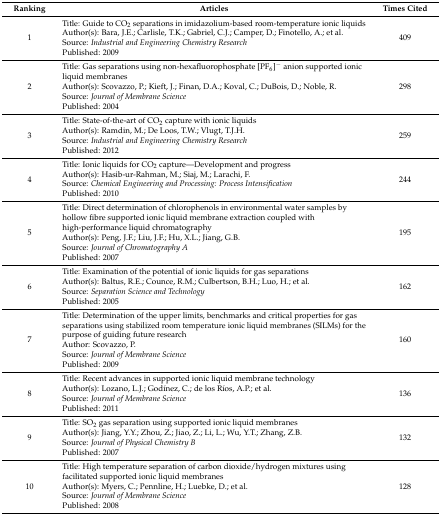
| Ranking | Articles | Times Cited |
 | --- | --- | --- |
 | 1 | Title: Guide to CO2 separations in imidazolium-based room-temperature ionic liquidsAuthor(s): Bara, J.E.; Carlisle, T.K.; Gabriel, C.J.; Camper, D.; Finotello, A.; et al. Source: Industrial and Engineering Chemistry ResearchPublished: 2009 | 409 |
 | 2 | Title: Gas separations using non-hexafluorophosphate [PF6]− anion supported ionic liquid membranesAuthor(s): Scovazzo, P.; Kieft, J.; Finan, D.A.; Koval, C.; DuBois, D.; Noble, R.Source: Journal of Membrane SciencePublished: 2004 | 298 |
 | 3 | Title: State-of-the-art of CO2 capture with ionic liquidsAuthor(s): Ramdin, M.; De Loos, T.W.; Vlugt, T.J.H.Source: Industrial and Engineering Chemistry ResearchPublished: 2012 | 259 |
 | 4 | Title: Ionic liquids for CO2 capture—Development and progressAuthor(s): Hasib-ur-Rahman, M.; Siaj, M.; Larachi, F. Source: Chemical Engineering and Processing: Process IntensificationPublished: 2010 | 244 |
 | 5 | Title: Direct determination of chlorophenols in environmental water samples by hollow fibre supported ionic liquid membrane extraction coupled with high-performance liquid chromatographyAuthor(s): Peng, J.F.; Liu, J.F.; Hu, X.L.; Jiang, G.B.Source: Journal of Chromatography APublished: 2007 | 195 |
 | 6 | Title: Examination of the potential of ionic liquids for gas separationsAuthor(s): Baltus, R.E.; Counce, R.M.; Culbertson, B.H.; Luo, H.; et al.Source: Separation Science and TechnologyPublished: 2005 | 162 |
 | 7 | Title: Determination of the upper limits, benchmarks and critical properties for gas separations using stabilized room temperature ionic liquid membranes (SILMs) for the purpose of guiding future researchAuthor: Scovazzo, P.Source: Journal of Membrane SciencePublished: 2009 | 160 |
 | 8 | Title: Recent advances in supported ionic liquid membrane technologyAuthor(s): Lozano, L.J.; Godínez, C.; de los Ríos, A.P.; et al.Source: Journal of Membrane SciencePublished: 2011 | 136 |
 | 9 | Title: SO2 gas separation using supported ionic liquid membranesAuthor(s): Jiang, Y.Y.; Zhou, Z.; Jiao, Z.; Li, L.; Wu, Y.T.; Zhang, Z.B.Source: Journal of Physical Chemistry BPublished: 2007 | 132 |
 | 10 | Title: High temperature separation of carbon dioxide/hydrogen mixtures using facilitated supported ionic liquid membranesAuthor(s): Myers, C.; Pennline, H.; Luebke, D.; et al.Source: Journal of Membrane SciencePublished: 2008 | 128 |